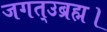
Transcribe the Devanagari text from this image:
जगत्उब्रह्म।